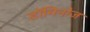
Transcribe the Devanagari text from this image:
डॉमिनोज